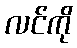
လင်ကို